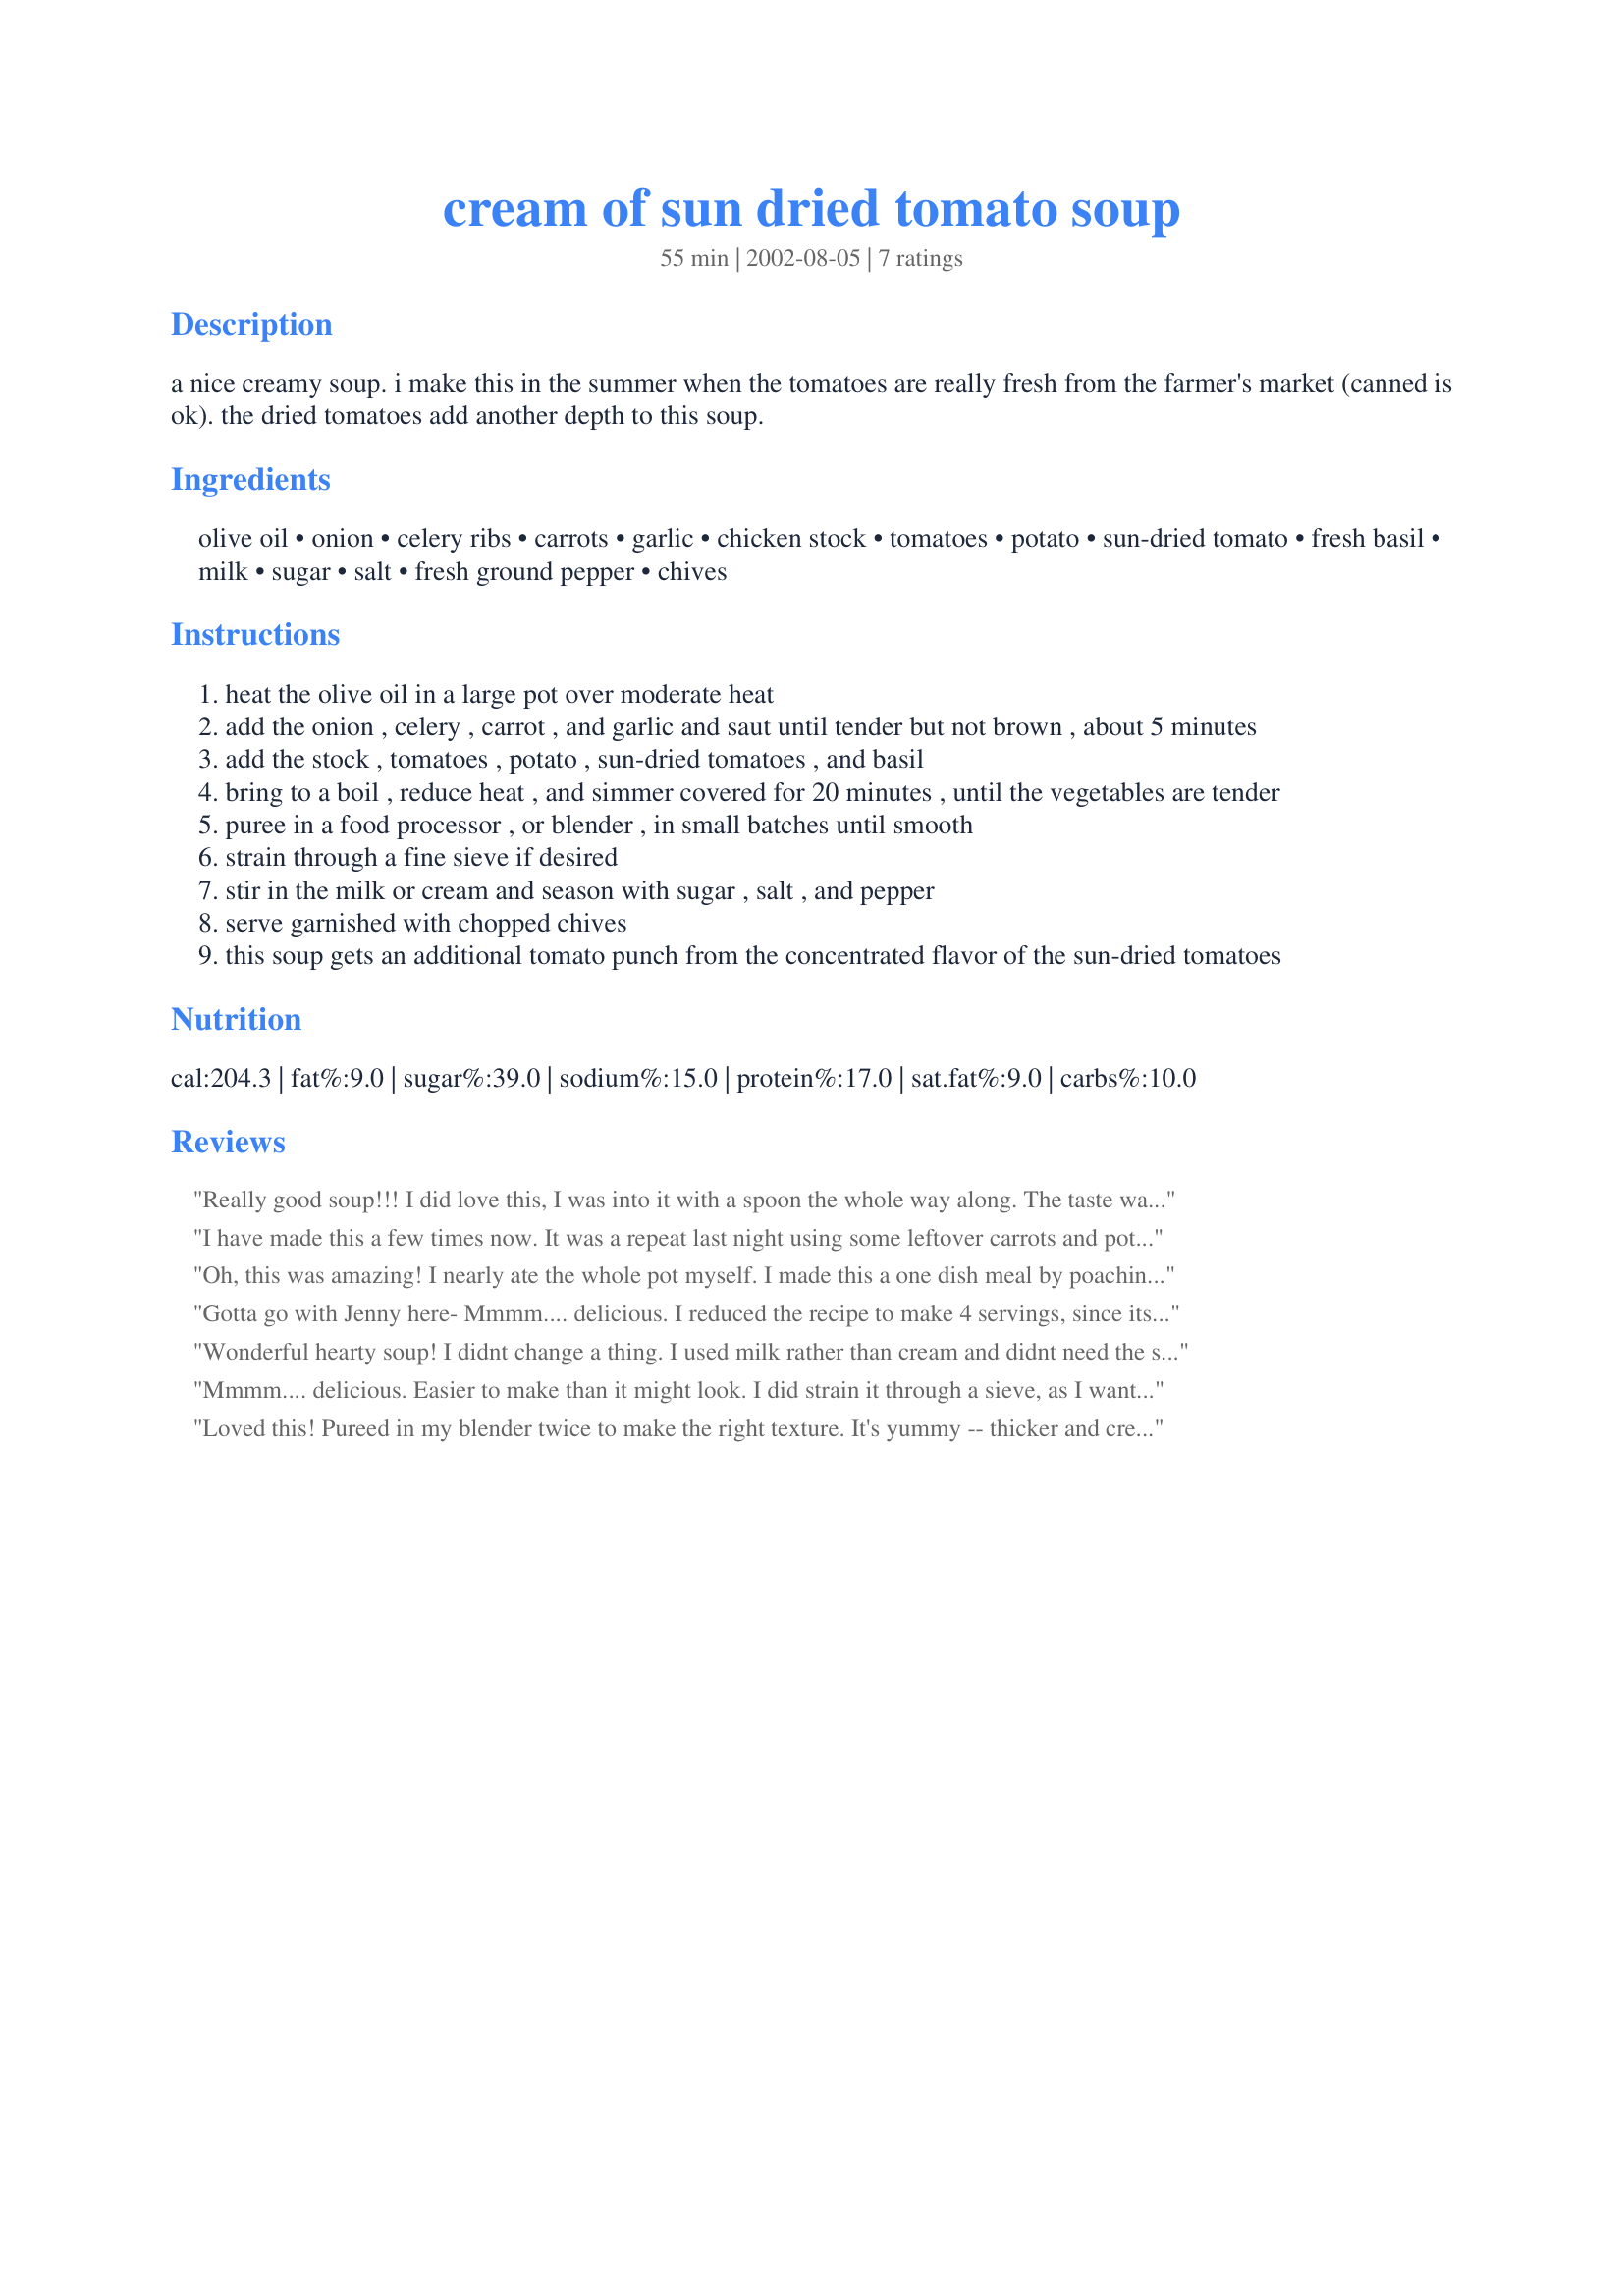
cream of sun dried tomato soup
Preparation time: 55 minutes

a nice creamy soup. i make this in the summer when the tomatoes are really fresh from the farmer's market (canned is ok). the dried tomatoes add another depth to this soup.

Ingredients:
olive oil, onion, celery ribs, carrots, garlic, chicken stock, tomatoes, potato, sun-dried tomato, fresh basil, milk, sugar, salt, fresh ground pepper, chives

Steps:
heat the olive oil in a large pot over moderate heat
add the onion , celery , carrot , and garlic and saut until tender but not brown , about 5 minutes
add the stock , tomatoes , potato , sun-dried tomatoes , and basil
bring to a boil , reduce heat , and simmer covered for 20 minutes , until the vegetables are tender
puree in a food processor , or blender , in small batches until smooth
strain through a fine sieve if desired
stir in the milk or cream and season with sugar , salt , and pepper
serve garnished with chopped chives
this soup gets an additional tomato punch from the concentrated flavor of the sun-dried tomatoes

Reviews:
Really good soup!!! I did love this, I was into it with a spoon the whole way along. The taste was much sharper before I added the milk and I actually really liked that, but I did add milk and it was wonderful to! I also did not strain this through a sieve, I found the texture to be quite nice. Thanks for posting.
I have made this a few times now. It was a repeat last night using some leftover carrots and potatoes. I did toss in some Parmesan Cheese rinds for added flavor. The soup is processed in the Vita-Mix and for me there is no need to strain it. In place of the milk, I stir in some Greek yogurt. It reduces the calories and gives a nice twang. Thanks for posting the recipe.
Oh, this was amazing! I nearly ate the whole pot myself. I made this a one dish meal by poaching some chicken breasts in the simmering soup (step 4). If you let a little veg stick to the meat, it looks very "done" and no one would know it was just sitting in the soup pot. ;) After removing the chicken, I used my stick blender to puree, and also found that I did not need any sugar, it was just perfect as is. Thanks!
Gotta go with Jenny here- Mmmm.... delicious. I reduced the recipe to make 4 servings, since its just BF and me. I used canned organic tomatoes and homemade chicken broth. I also didn't peel the potato and used half and half for this (well, actually half milk and half cream, but that's all half and half is!) I don't really like pureed soups, so I only pureed 1 1/2 cups of the solids in the soup, then added them back to the pan. Jenny's right though, I think that if you should not expect a silky smooth soup from this if you want to puree it- mine was a bit grainy too (fine by me though!) Like Jenny I didn't find that I needed any sugar. I think that it wouldn't hurt anyone to up the basil a little - I used a little more than the recipe called for, but could have stood for more. Wonderful tomatoey soup as-is though. The cream/milk makes it so its not too acidic, which is good. We served with Italian-style Oven Fries (#92139). Thanks for a very nice supper!
Wonderful hearty soup! I didnt change a thing. I used milk rather than cream and didnt need the sugar. I also did not strain like other reviewers because I liked the texture. I will make agian.
Mmmm.... delicious. Easier to make than it might look. I did strain it through a sieve, as I wanted a very smooth soup and it would have been fairly textured even after a long whizz in the food processor otherwise. I did not find that it needed any sugar. Really nice.
Loved this! Pureed in my blender twice to make the right texture. It's yummy -- thicker and creamier than a regular tomato soup with a richness that makes it very gourmet. Thanks for sharing it, Miss Annie!
